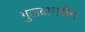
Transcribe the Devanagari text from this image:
गुलब्रानसेन